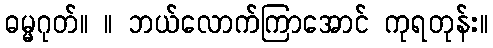
ဓမ္မဂုတ်။ ။ ဘယ်လောက်ကြာအောင် ကုရတုန်း။